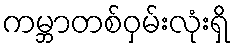
ကမ္ဘာတစ်ဝှမ်းလုံးရှိ